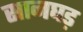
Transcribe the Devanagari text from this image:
सानघड़